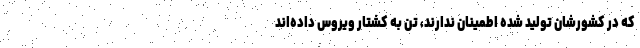
که در کشورشان تولید شده اطمینان ندارند، تن به کشتار ویروس داده‌اند